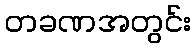
တခဏအတွင်း